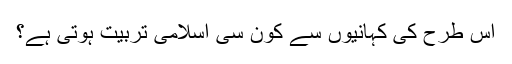
اس طرح کی کہانیوں سے کون سی اسلامی تربیت ہوتی ہے؟